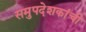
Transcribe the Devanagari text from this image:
समुपदेशकांची